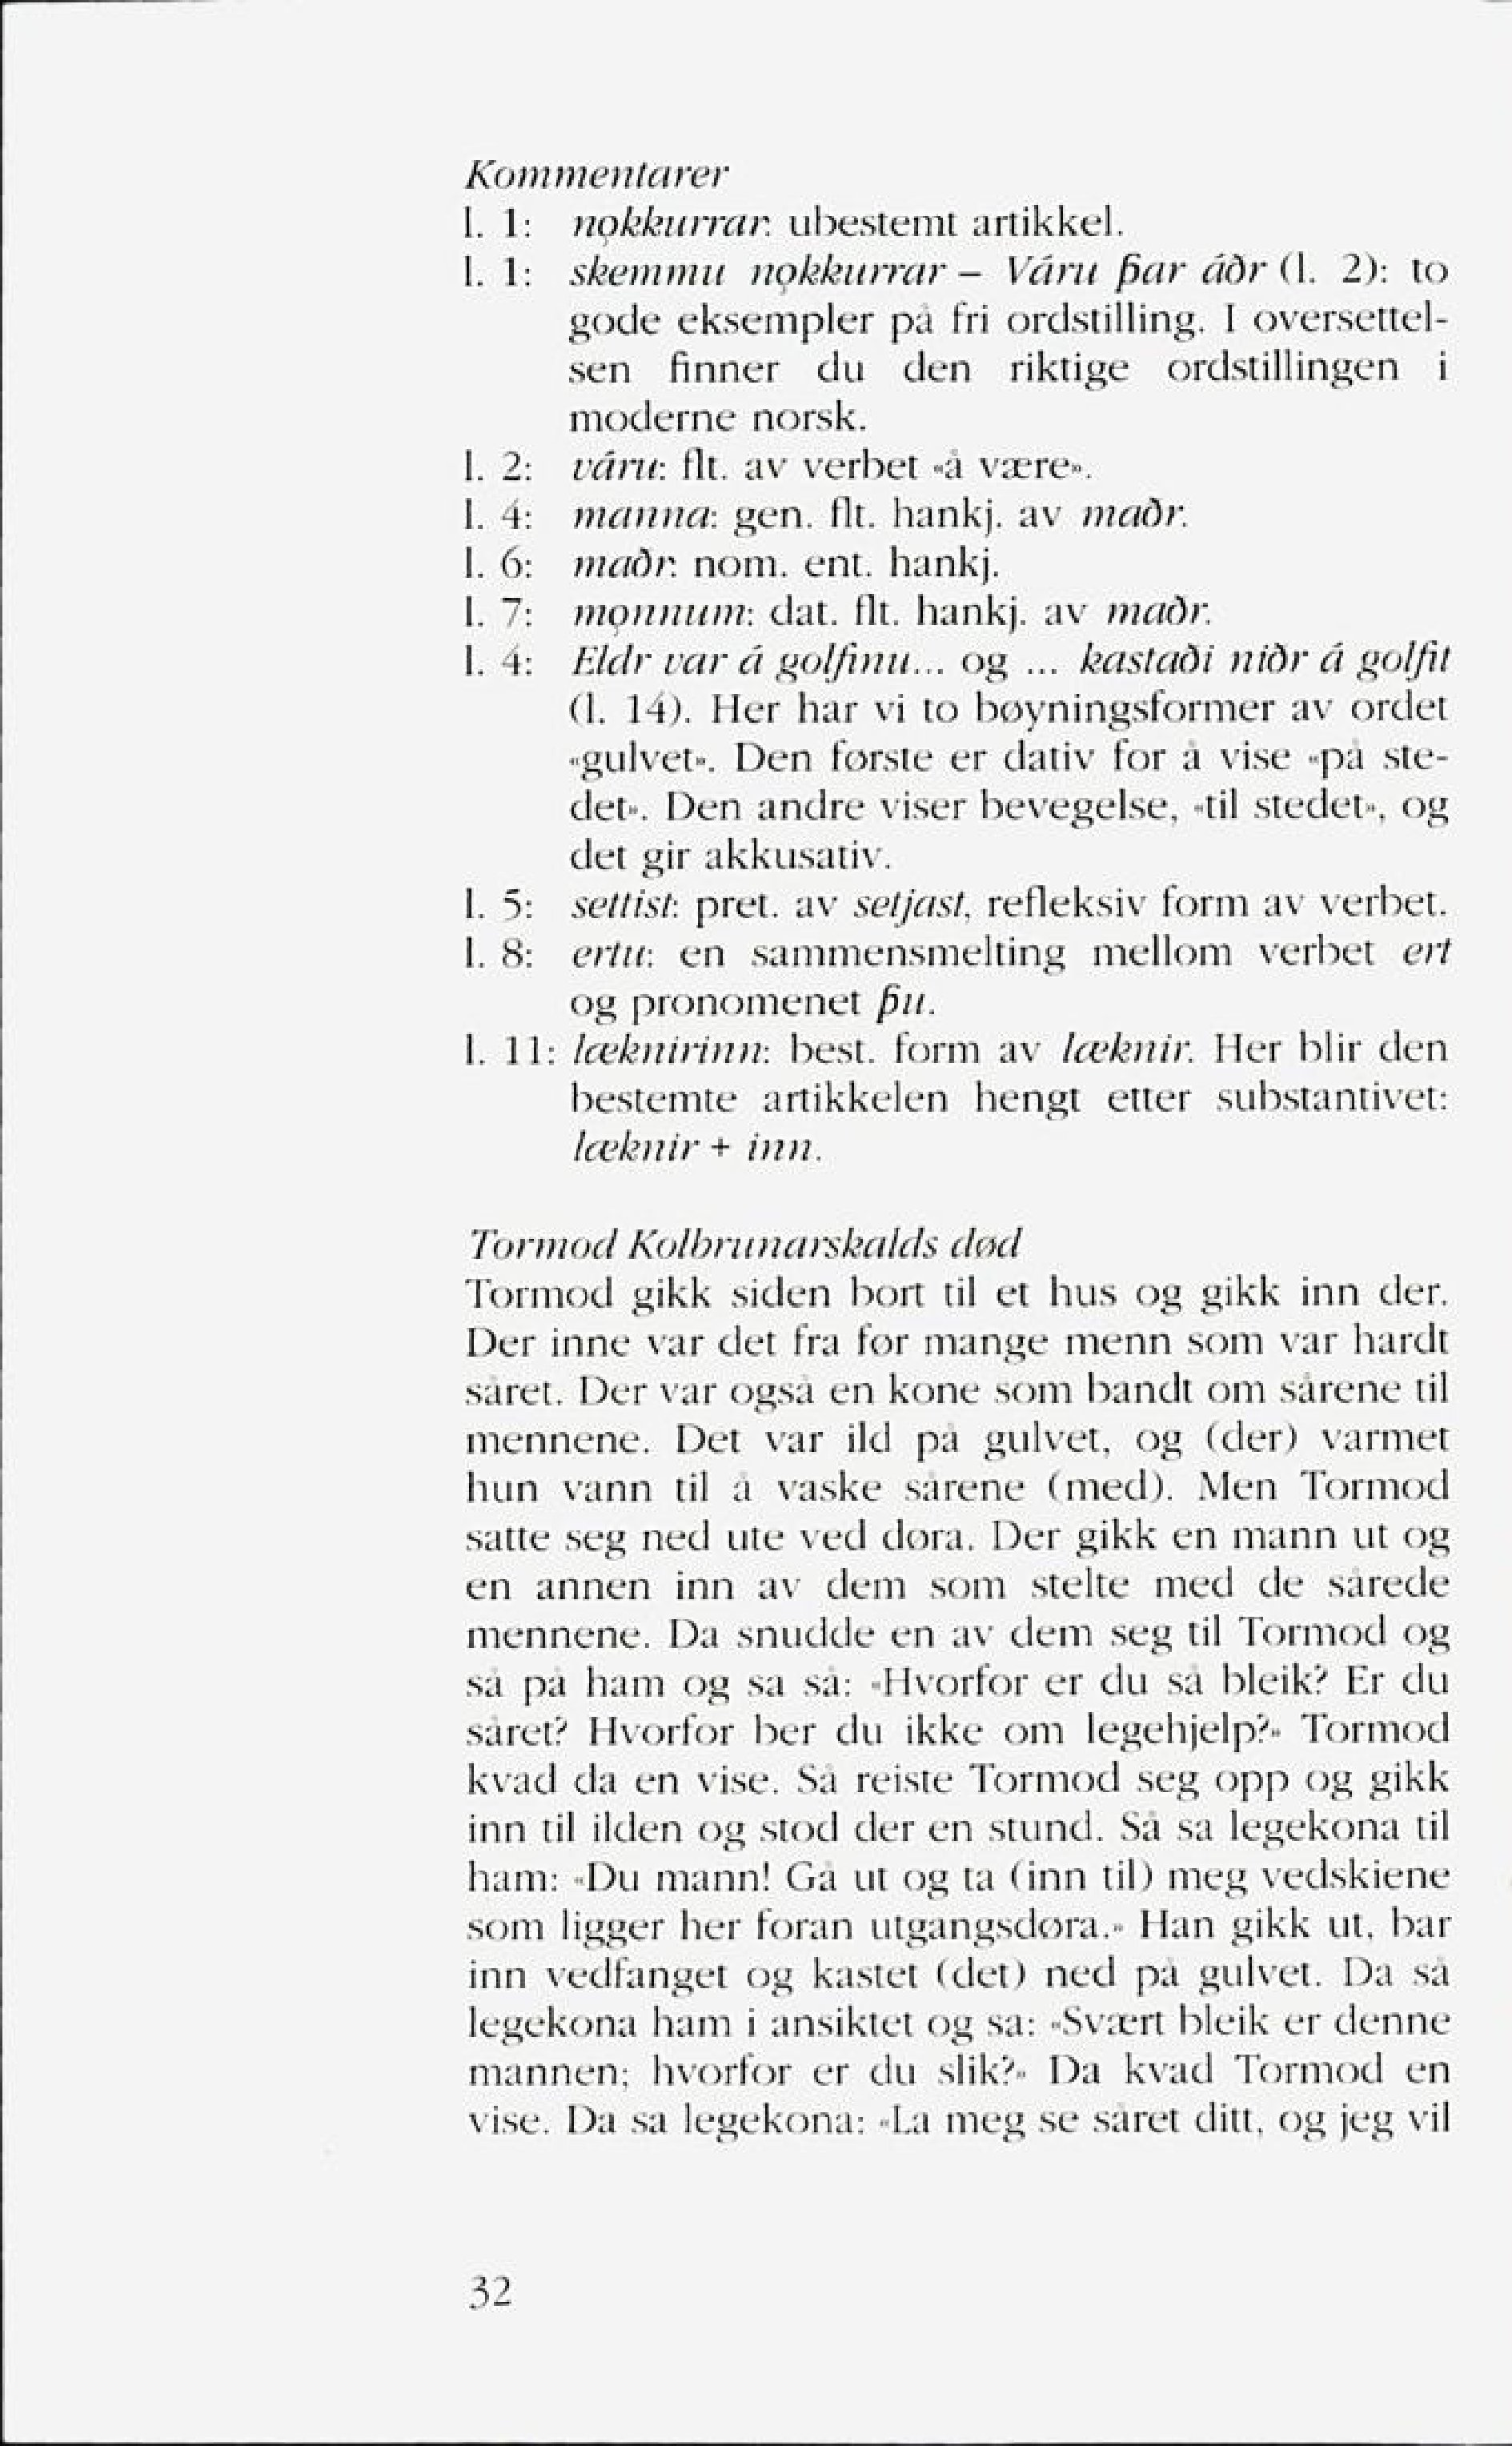
Language: no